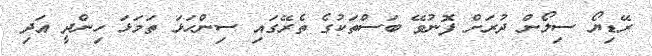
ރޭޑިޔޯ ސިލޯން ދުރަށް ފޮނުވޭ ބަސްތަކުގެ ތެރޭގައި ސިންހަޅަ ތަމަޅަ ހިންދީ އަދި